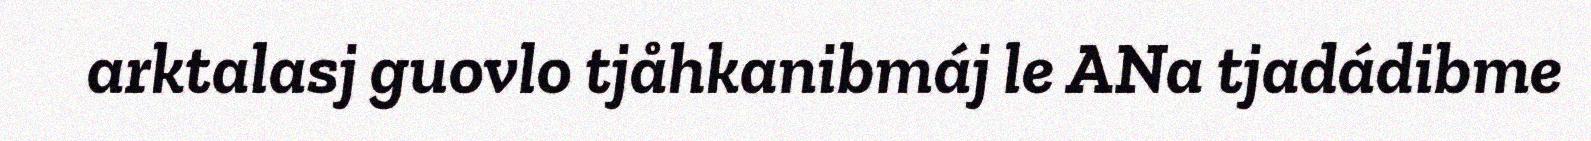
arktalasj guovlo tjåhkanibmáj le ANa tjadádibme